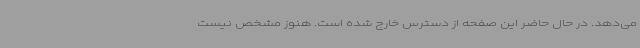
می‌دهد. در حال حاضر این صفحه از دسترس خارج شده است. هنوز مشخص نیست